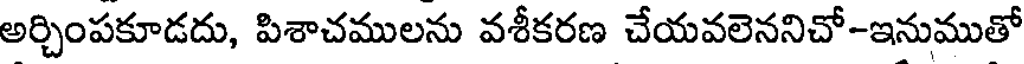
అర్చింపకూడదు, పిశాచములను వశీకరణ చేయవలెననిచో-ఇనుముతో